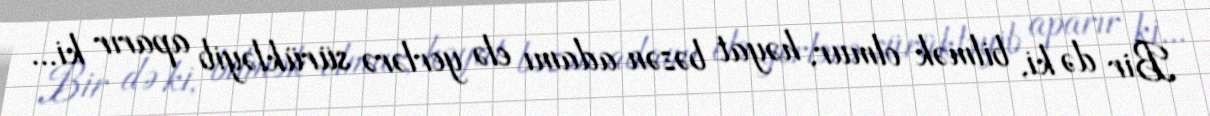
Bir də ki, bilmək olmur, həyat bəzən adamı elə yerlərə sürükləyib aparır ki...